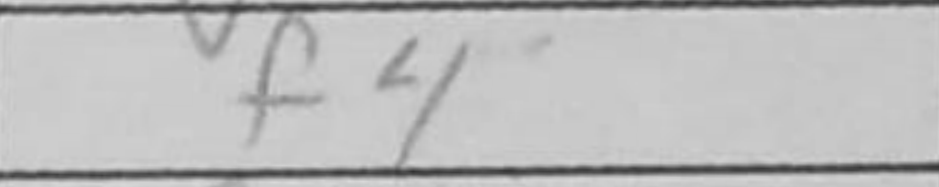
Transcription: f4